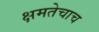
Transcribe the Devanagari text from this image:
क्षमतेचाच